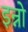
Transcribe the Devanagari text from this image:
इन्नो